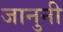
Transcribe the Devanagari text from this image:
जानुनी